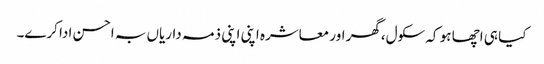
کیا ہی اچھا ہو کہ سکول،گھر اور معاشرہ اپنی اپنی ذمہ داریاں بہ احسن ادا کرے۔